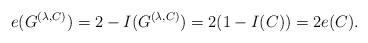
LaTeX: \begin{align*} e(G^{(\lambda,C)}) = 2-I(G^{(\lambda,C)}) = 2(1-I(C)) = 2e(C).\end{align*}